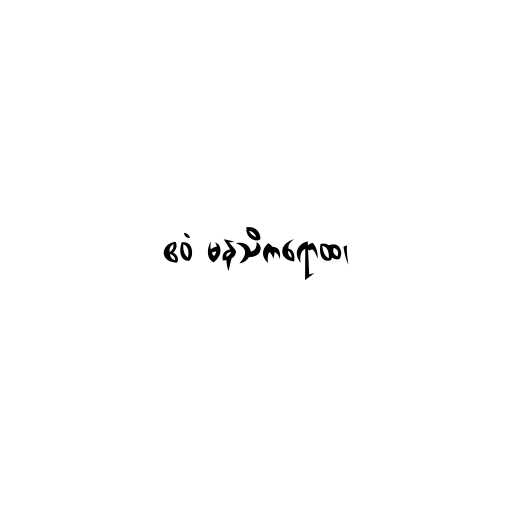
ဧဝံ မနသိကရောထ၊